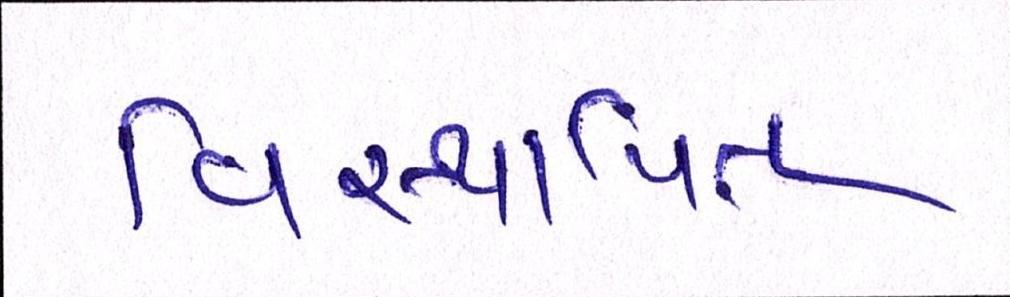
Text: વિસ્થાપિત